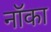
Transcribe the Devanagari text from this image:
नॉका